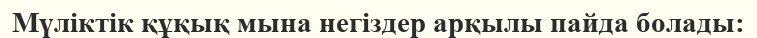
Мүліктік құқық мына негіздер арқылы пайда болады: